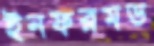
ইনফরমড